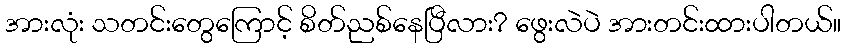
အားလုံး သတင်းတွေကြောင့် စိတ်ညစ်နေပြီလား? ဖွေးလဲပဲ အားတင်းထားပါတယ်။